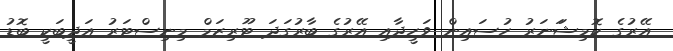
އޭރުގެ ކޮމިޝަަނަރު ހުސައިން ވަހީދާއި އޭރުގެ ބާރުގަދަ ޓޫރިޒަމް މިނިސްޓަރު އަދީބަކީ ބޮޑު